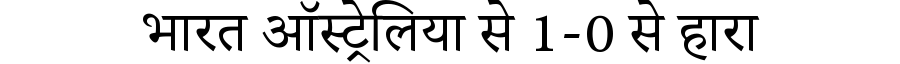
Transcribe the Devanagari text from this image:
भारत ऑस्ट्रेलिया से 1-0 से हारा